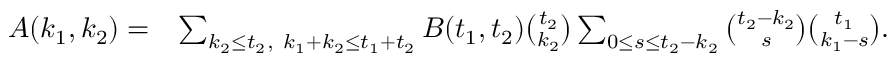
\begin{array} { r l } { A ( k _ { 1 } , k _ { 2 } ) = } & { \sum _ { k _ { 2 } \leq t _ { 2 } , \ k _ { 1 } + k _ { 2 } \leq t _ { 1 } + t _ { 2 } } B ( t _ { 1 } , t _ { 2 } ) \binom { t _ { 2 } } { k _ { 2 } } \sum _ { 0 \leq s \leq t _ { 2 } - k _ { 2 } } \binom { t _ { 2 } - k _ { 2 } } { s } \binom { t _ { 1 } } { k _ { 1 } - s } . } \end{array}